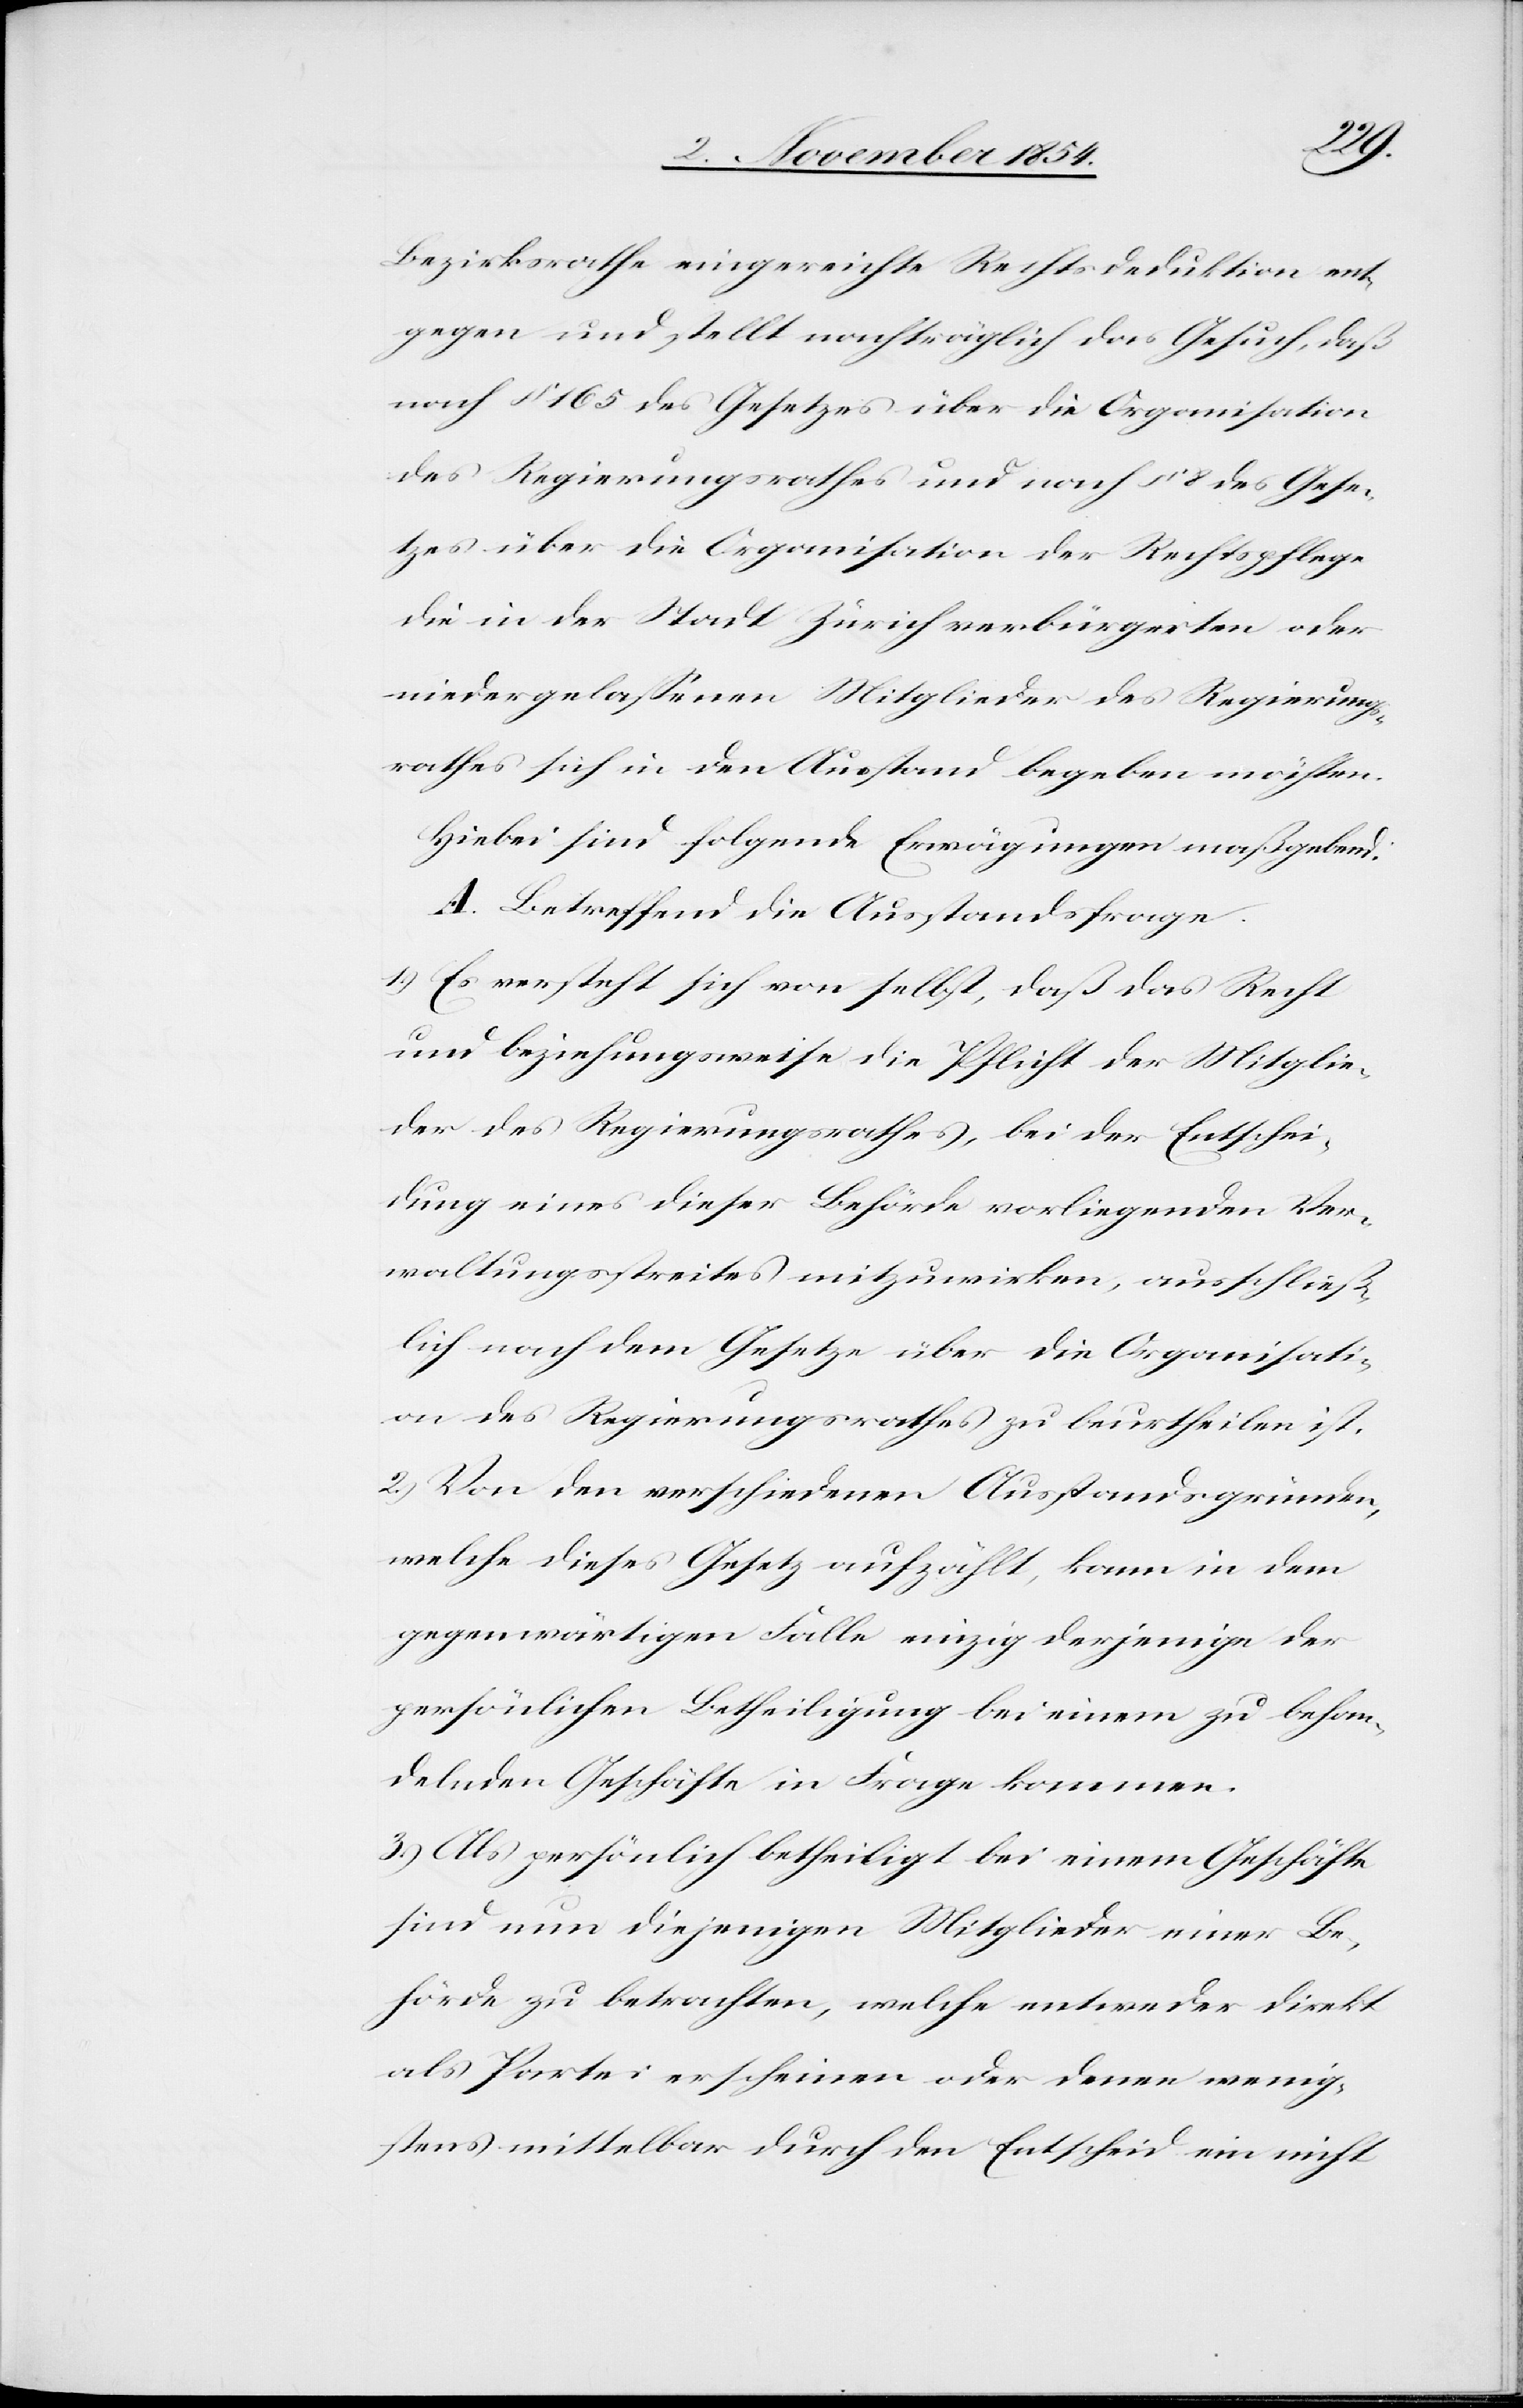
Bezirksrathe eingereichte Rechtsdeduktion ent¬
gegen und stellt nachträglich das Gesuch, daß
nach § 165 des Gesetzes über die Organisation
des Regierungsrathes und nach § 8 des Gese¬
tzes über die Organisation der Rechtspflege
die in der Stadt Zürich verbürgerten oder
niedergelaßenen Mitglieder des Regierungs¬
rathes sich in den Ausstand begeben möchten.
Hiebei sind folgende Erwägungen maßgebend:
A. Betreffend die Ausstandfrage:
1.) Es versteht sich von selbst, daß das Recht
und beziehungsweise die Pflicht der Mitglie¬
der des Regierungsrathes, bei der Entschei¬
dung eines dieser Behörde vorliegenden Ver¬
waltungsstreites mitzuwirken, ausschließ¬
lich nach dem Gesetze über die Organisati¬
on des Regierungsrathes zu beurtheilen ist.
2.) Von den verschiedenen Ausstandsgründen,
welche dieses Gesetz aufzählt, kann in dem
gegenwärtigen Falle einzig derjenige der
persönlichen Betheiligung bei einem zu behan¬
delnden Geschäfte in Frage kommen.
3.) Als persönlich betheiligt bei einem Geschäfte
sind nun diejenigen Mitglieder einer Be¬
hörde zu betrachten, welche entweder direkt
als Partei erscheinen oder denen wenig¬
stens mittelbar durch den Entscheid ein nicht